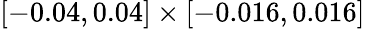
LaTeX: [-0.04,0.04]\times[-0.016,0.016]